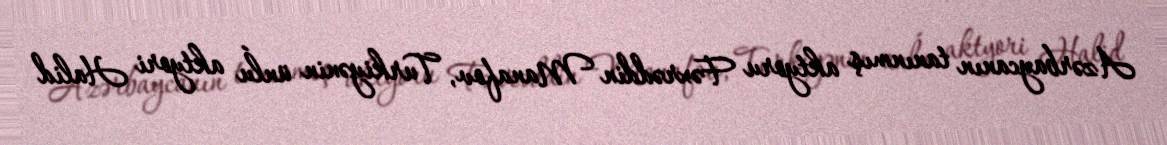
Azərbaycanın tanınmış aktyoru Fəxrəddin Manafov, Turkiyənin ünĺu aktyori Halid